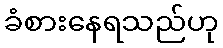
ခံစားနေရသည်ဟု